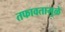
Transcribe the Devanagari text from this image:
तफावतामुळे